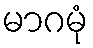
မာဂမုံ